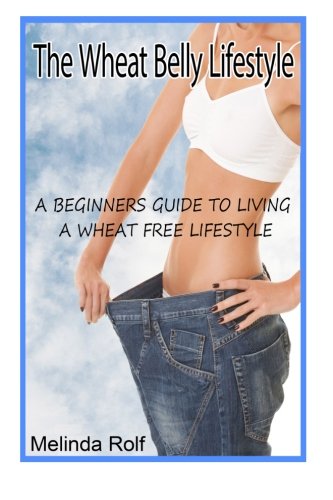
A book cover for The Wheat Belly Lifestyle: The Beginner's Guide to Living a Wheat-Free Life: Includes Wheat Free Recipes to Get You Started (The Home Life series) (Volume 18); Melinda Rolf; Cookbooks, Food & Wine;